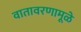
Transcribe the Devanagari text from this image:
वातावरणामूळे